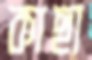
কাছা